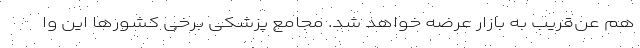
هم عن‌قریب به بازار عرضه خواهد شد. مجامع پزشکی برخی کشورها این وا